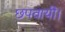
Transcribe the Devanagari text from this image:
छपवायी।